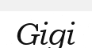
Gigi